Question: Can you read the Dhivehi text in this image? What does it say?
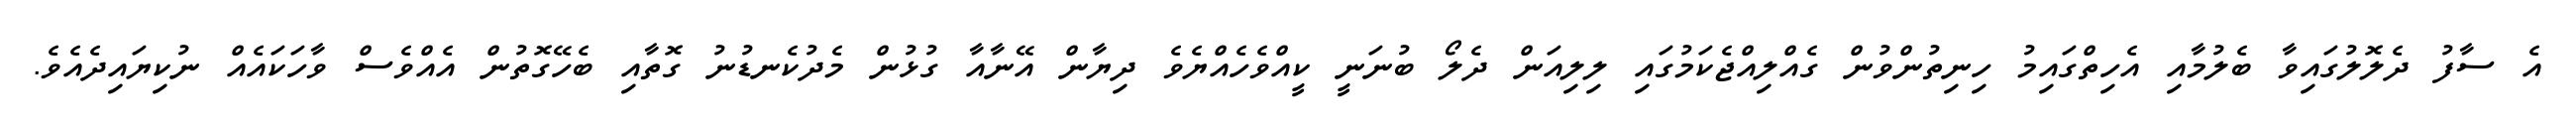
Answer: އެ ސާފު ދެލޮލުގައިވާ ބެލުމާއި އެހިތްގައިމު ހިނިތުންވުން ގެއްލިއްޖެކަމުގައި ލިލިއަން ދެލޯ ބުނަނީ ކީއްވެހެއްޔެވެ ދިޔާން އޭނާއާ ގުޅުން މެދުކެނޑުނު ގޮތާއި ބެހޭގޮތުން އެއްވެސް ވާހަކައެއް ނުކިޔައިދެއެވެ.